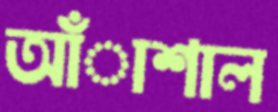
আঁাশাল